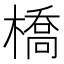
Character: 橋